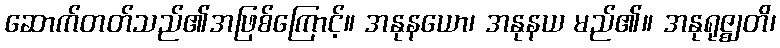
ဆောက်တတ်သည်၏အဖြစ်ကြောင့်။ အနုနယော၊ အနုနယ မည်၏။ အနုရုဇ္ဈတိ၊